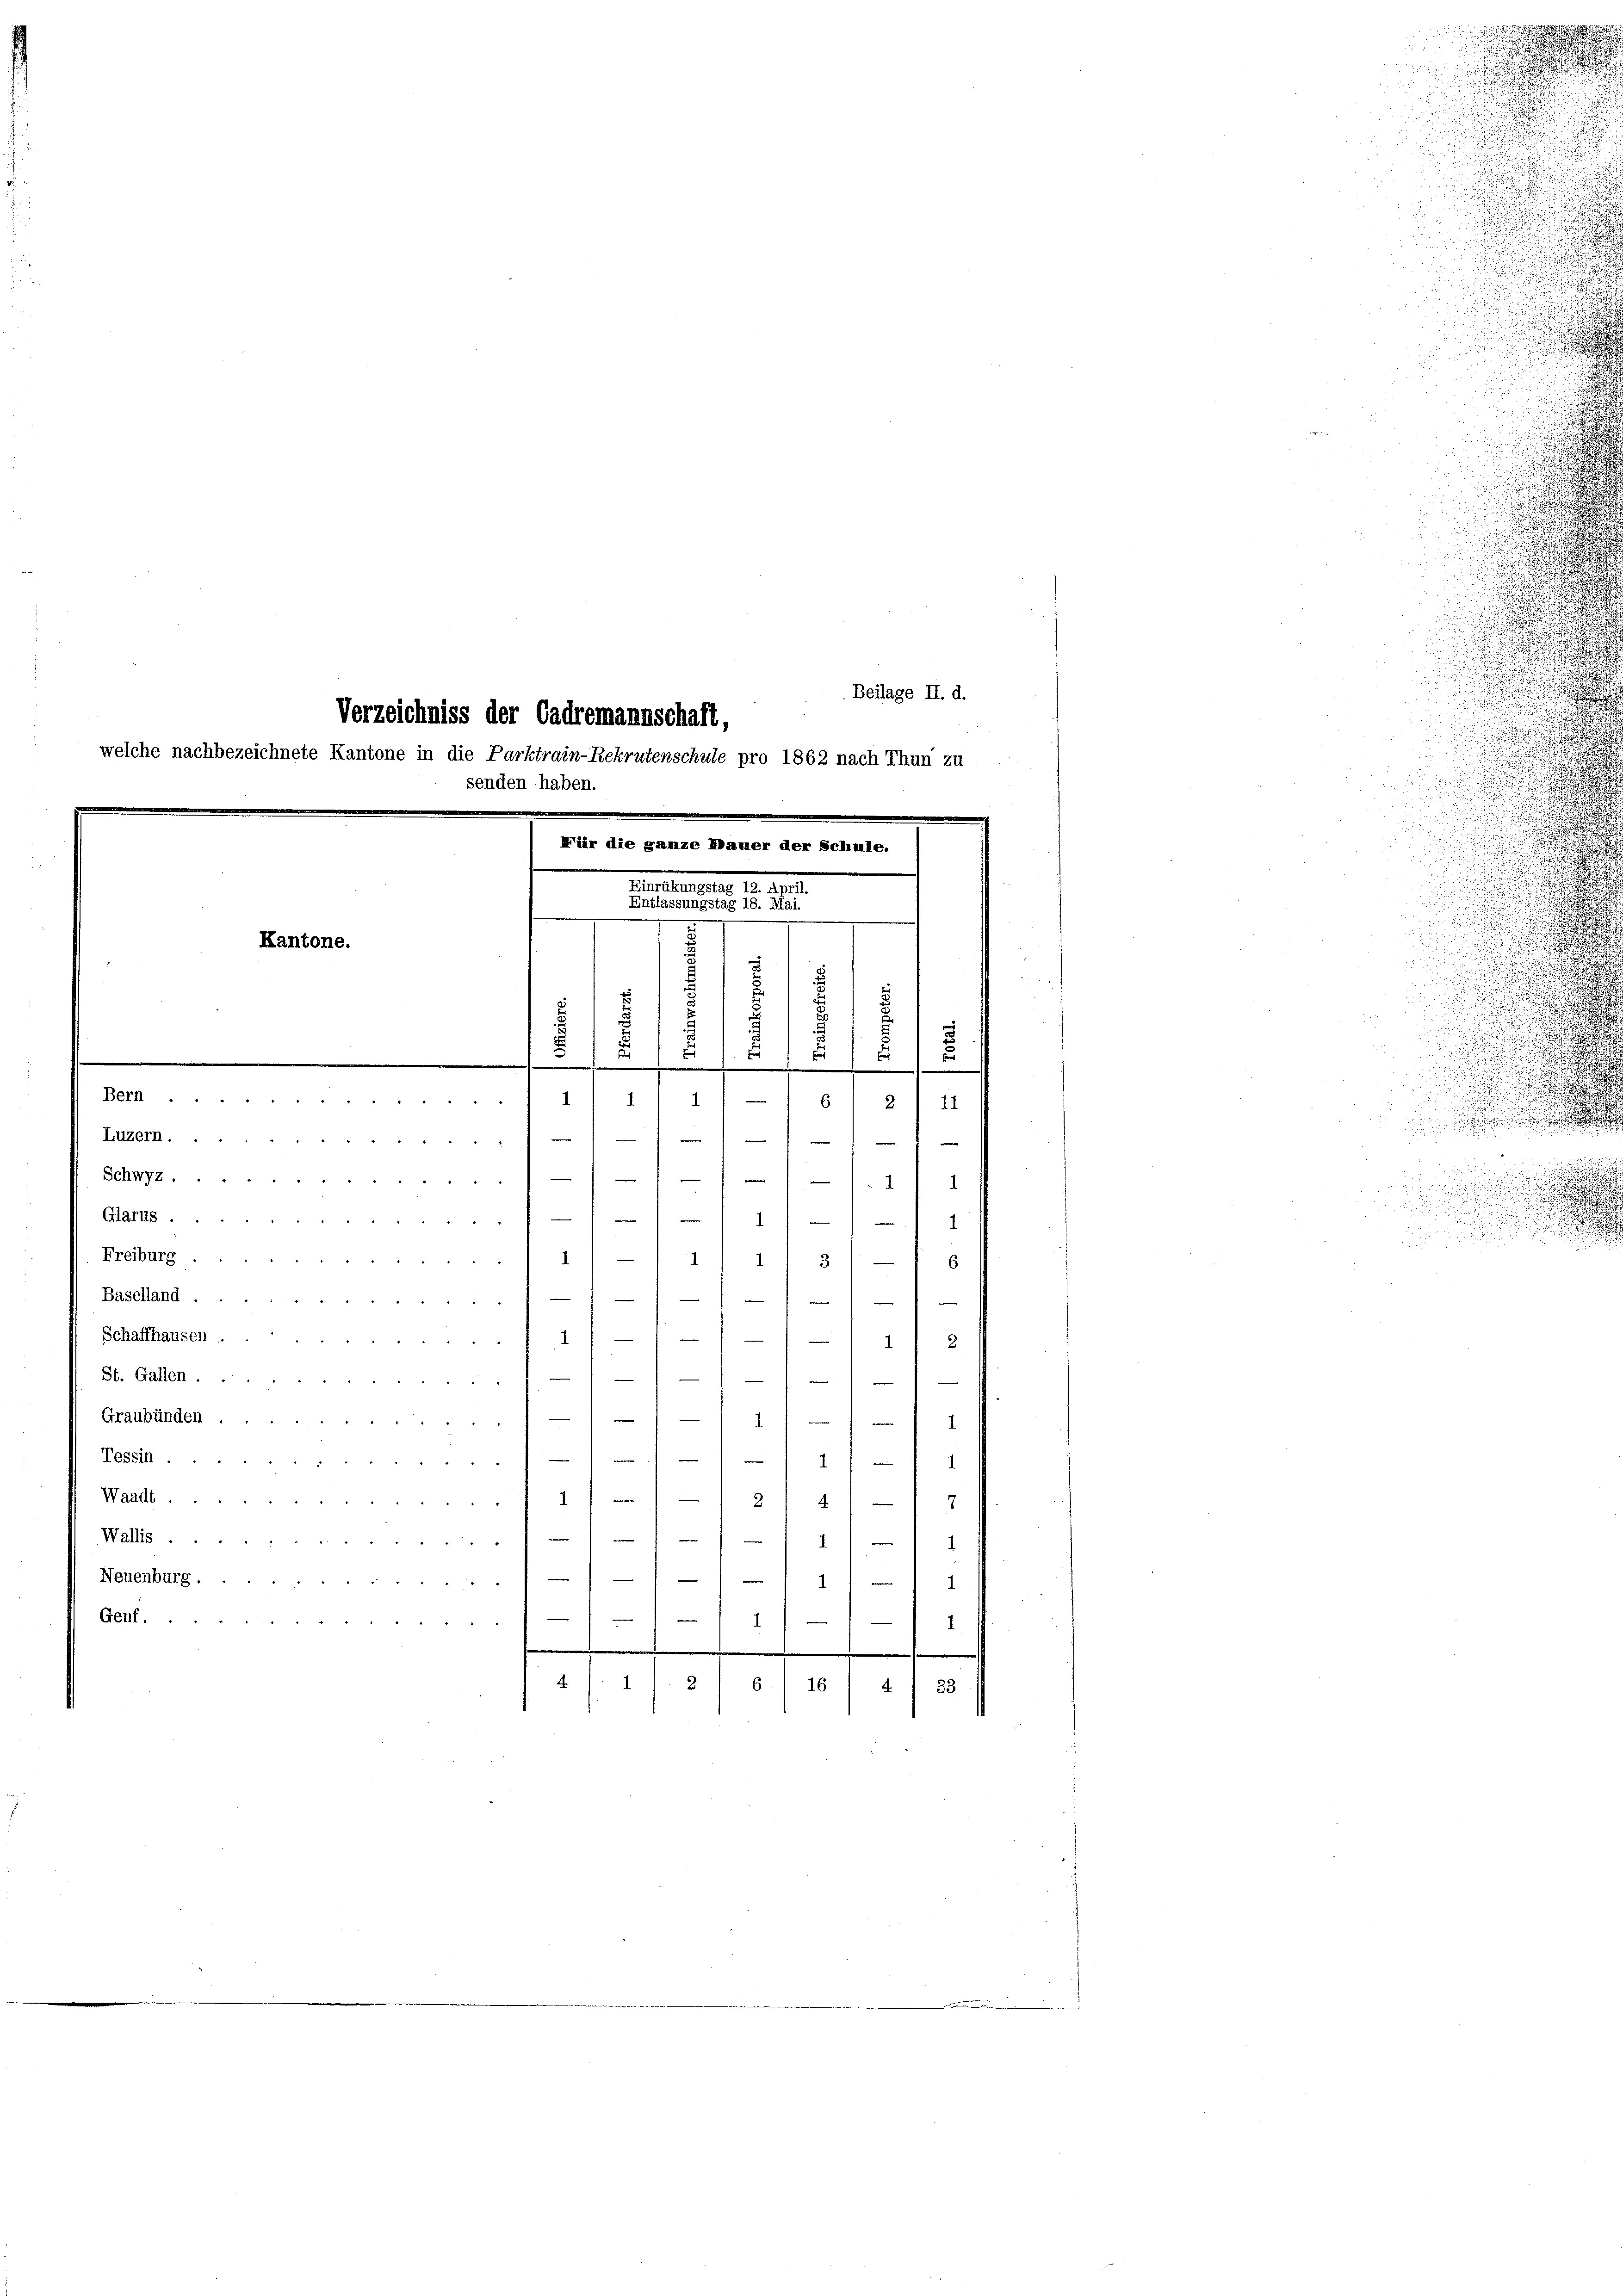
Luzern.
1
Schwyz.
11
8
.
Glarus.
 f 1
d
¬
Freiburg .
55 f 4 f
6
13
Baselland.
11
x 2 2
Schaffhausen
251 f 6 - 15 f 1
2.
d
St. Gallen.
1
d
e
.
Graubünden
ri
Tessin.

e
1
Waadt
112, 417
Wallis 1.///-11)
e
e
Neuenburg
1
)
Genf
d
.
.
4
2
6/16/4 1 23

Verzeichniss der Cadremannschaft,
welche nachbezeichnete Kantone in die Parktrain-Rekrutenschule pro 1862 nach Thun zu
senden haben.
Für die ganze Mauer der Schule.

d
Kantone.
d

s
f
5
.
x
5
1
1
1
Bern
414
)
21 de

Beilage II. d.